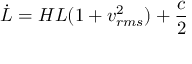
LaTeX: { \dot { L } } = H L ( 1 + v _ { r m s } ^ { 2 } ) + { \frac { c } { 2 } }